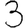
Digit: 3